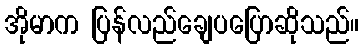
အိုမာက ပြန်လည်ချေပပြောဆိုသည်။